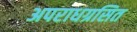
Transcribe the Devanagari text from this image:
अपराधग्रसित